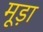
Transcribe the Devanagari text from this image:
मूड़ा